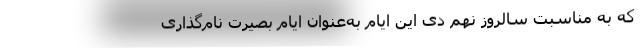
که به مناسبت سالروز نهم دی این ایام به‌عنوان ایام بصیرت نام‌گذاری